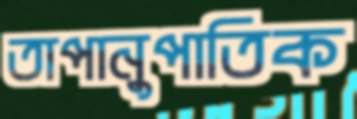
তাপানুপাতিক